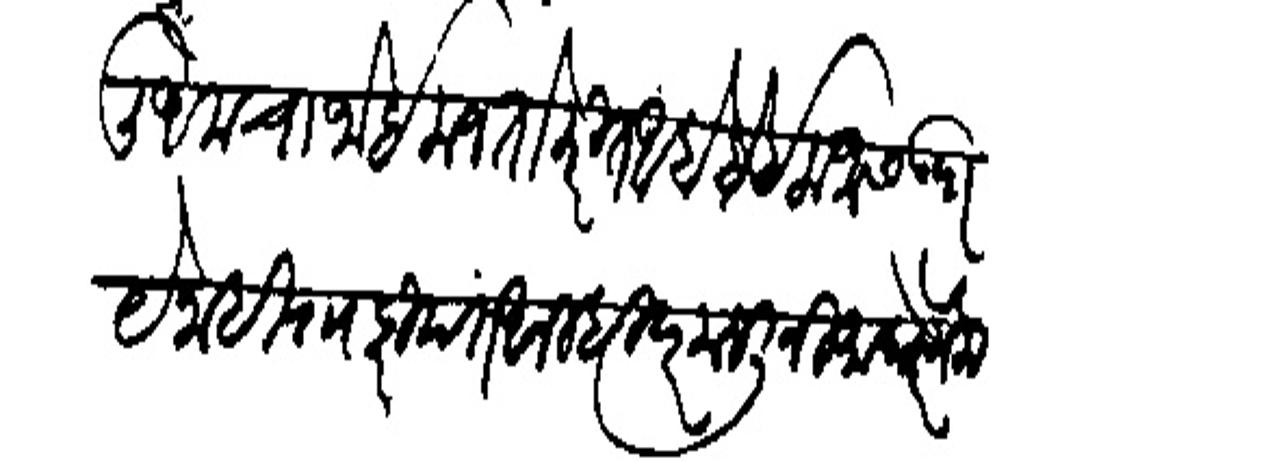
Transliteration (Devanagari): ली अमचा जो इलाज तो करित आहो हे इलाजास उपाये नाही सा हरिपंत आम्ही दर मजलीनी माघारे गेलो